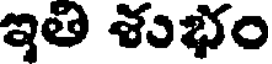
ఇతి శుభం